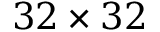
3 2 \times 3 2